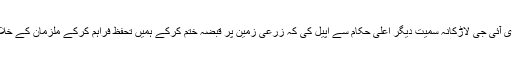
مظاہرین نے آئی جی سندھ، ڈی آئی جی لاڑکانہ سمیت دیگر اعلیٰ حکام سے اپیل کی کہ زرعی زمین پر قبضہ ختم کرکے ہمیں تحفظ فراہم کرکے ملزمان کے خلاف قانونی کاروائی کی جائے۔